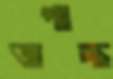
জপাচ্ছ